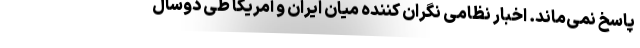
پاسخ نمی‌ماند. اخبار نظامی نگران کننده میان ایران و آمریکا طی دوسال